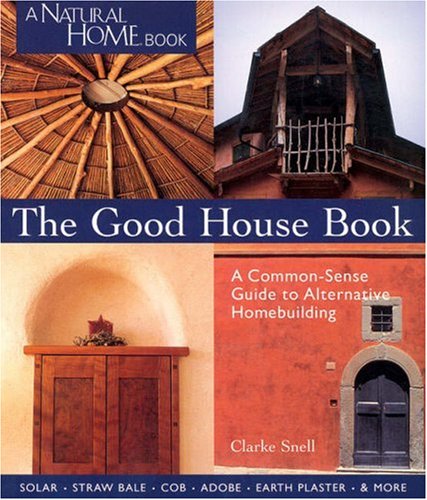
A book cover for The Good House Book: A Common-Sense Guide to Alternative Homebuilding  Solar * Straw Bale * Cob * Adobe * Earth Plaster * & More (A Natural Home Book); Clarke Snell; Crafts, Hobbies & Home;